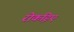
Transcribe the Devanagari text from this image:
रोकडि़ए